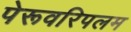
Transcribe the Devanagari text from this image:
पेरूवरिपलम